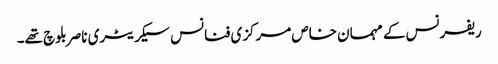
ریفرنس کے مہمان خاص مرکزی فنانس سیکریٹری ناصر بلوچ تھے۔